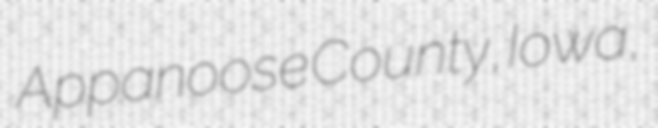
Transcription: Appanoose County, Iowa,